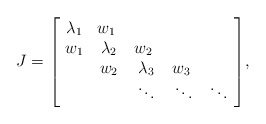
\begin{align*}J = \begin{bmatrix} \ \lambda_{1} & w_{1}\ \\\ w_{1} & \lambda_{2} & w_{2}\ \\\ & w_{2} & \lambda_{3} & w_{3}\ \\\ & & \ddots & \ddots & \ddots\ \end{bmatrix}\!,\end{align*}